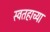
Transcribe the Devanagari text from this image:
स्वतहाच्या